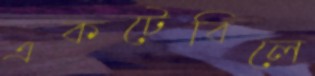
একটেবিলে